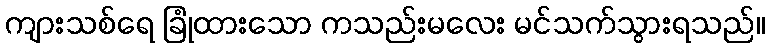
ကျားသစ်ရေ ခြုံထားသော ကသည်းမလေး မင်သက်သွားရသည်။